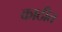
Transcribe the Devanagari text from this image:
काठीत